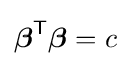
{\boldsymbol {\beta }}^{\mathsf {T}}{\boldsymbol {\beta }}=c